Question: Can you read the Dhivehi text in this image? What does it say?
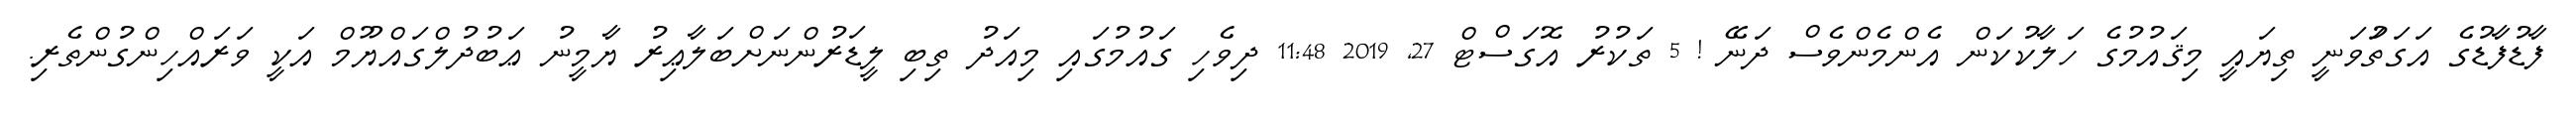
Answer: ފާޑުފާޑުގެ އަގަތަުވަނީ ތިޔައީ މިޤައުމުގެ ހަލާކުކަން އެންމެންވެސް ދަނޭ ! 5 ތަކުރު އޮގަސްޓް 27, 2019 11:48 ދިވެހި ގައުމުގައި މިއަދު ތިބި ލީޑަރުންނަށްބަލާޢިރު ޔާމީނު ޢަބުދުލްގައްޔޫމް އަކީ ވަރައްހިންގުންތެރި.